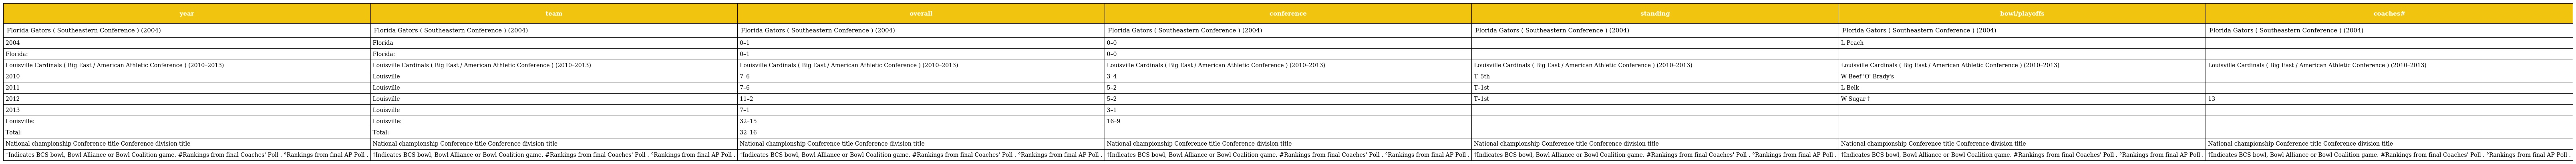
| year | team | overall | conference | standing | bowl/playoffs | coaches# |
 | --- | --- | --- | --- | --- | --- | --- |
 | Florida Gators ( Southeastern Conference ) (2004) | Florida Gators ( Southeastern Conference ) (2004) | Florida Gators ( Southeastern Conference ) (2004) | Florida Gators ( Southeastern Conference ) (2004) | Florida Gators ( Southeastern Conference ) (2004) | Florida Gators ( Southeastern Conference ) (2004) | Florida Gators ( Southeastern Conference ) (2004) |
 | 2004 | Florida | 0–1 | 0–0 |  | L Peach |  |
 | Florida: | Florida: | 0–1 | 0–0 |  |  |  |
 | Louisville Cardinals ( Big East / American Athletic Conference ) (2010–2013) | Louisville Cardinals ( Big East / American Athletic Conference ) (2010–2013) | Louisville Cardinals ( Big East / American Athletic Conference ) (2010–2013) | Louisville Cardinals ( Big East / American Athletic Conference ) (2010–2013) | Louisville Cardinals ( Big East / American Athletic Conference ) (2010–2013) | Louisville Cardinals ( Big East / American Athletic Conference ) (2010–2013) | Louisville Cardinals ( Big East / American Athletic Conference ) (2010–2013) |
 | 2010 | Louisville | 7–6 | 3–4 | T–5th | W Beef 'O' Brady's |  |
 | 2011 | Louisville | 7–6 | 5–2 | T–1st | L Belk |  |
 | 2012 | Louisville | 11–2 | 5–2 | T–1st | W Sugar † | 13 |
 | 2013 | Louisville | 7–1 | 3–1 |  |  |  |
 | Louisville: | Louisville: | 32–15 | 16–9 |  |  |  |
 | Total: | Total: | 32–16 |  |  |  |  |
 | National championship Conference title Conference division title | National championship Conference title Conference division title | National championship Conference title Conference division title | National championship Conference title Conference division title | National championship Conference title Conference division title | National championship Conference title Conference division title | National championship Conference title Conference division title |
 | †Indicates BCS bowl, Bowl Alliance or Bowl Coalition game. #Rankings from final Coaches' Poll . °Rankings from final AP Poll . | †Indicates BCS bowl, Bowl Alliance or Bowl Coalition game. #Rankings from final Coaches' Poll . °Rankings from final AP Poll . | †Indicates BCS bowl, Bowl Alliance or Bowl Coalition game. #Rankings from final Coaches' Poll . °Rankings from final AP Poll . | †Indicates BCS bowl, Bowl Alliance or Bowl Coalition game. #Rankings from final Coaches' Poll . °Rankings from final AP Poll . | †Indicates BCS bowl, Bowl Alliance or Bowl Coalition game. #Rankings from final Coaches' Poll . °Rankings from final AP Poll . | †Indicates BCS bowl, Bowl Alliance or Bowl Coalition game. #Rankings from final Coaches' Poll . °Rankings from final AP Poll . | †Indicates BCS bowl, Bowl Alliance or Bowl Coalition game. #Rankings from final Coaches' Poll . °Rankings from final AP Poll . |